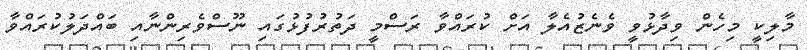
މާލިކީ މިހެން ވިދާޅުވީ ވެނެޒުއެލާ އަށް ކުރައްވާ ރަސްމީ ދަތުރުފުޅުގައި ނޫސްވެރިންނާއި ބައްދަލުކުރައްވާ